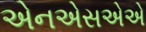
એનએસએએ